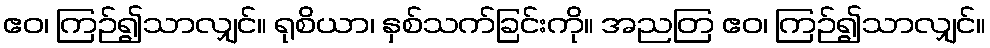
ဧဝ၊ ကြဉ်၍သာလျှင်။ ရုစိယာ၊ နှစ်သက်ခြင်းကို။ အညတြ ဧဝ၊ ကြဉ်၍သာလျှင်။